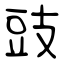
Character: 豉